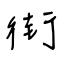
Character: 街